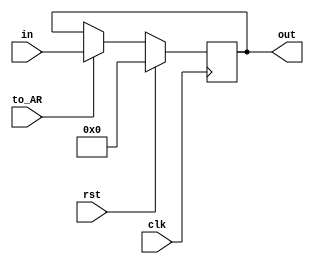
module AR(in,out,rst,to_AR,clk
    );
 input rst,to_AR,clk;
 input [17:0] in;
 output reg [17:0] out = 18'b0;
 
 
 always @(negedge clk)
	if (rst)
	out <= 18'b0;
	else if(to_AR)
	out <= in;

endmodule